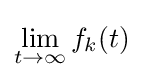
\lim _{t\to \infty }f_{k}(t)